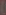
(